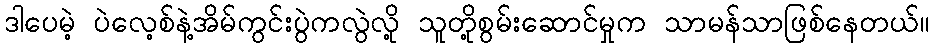
ဒါပေမဲ့ ပဲလေ့စ်နဲ့အိမ်ကွင်းပွဲကလွဲလို့ သူတို့စွမ်းဆောင်မှုက သာမန်သာဖြစ်နေတယ်။